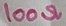
Text: 100Ω